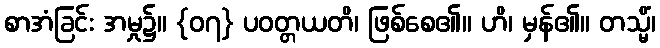
စာအံခြင်း အမှု၌။ {၀၇} ပဝတ္တယတိ၊ ဖြစ်စေ၏။ ဟိ၊ မှန်၏။ တသ္မိံ၊